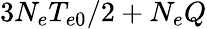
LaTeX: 3N_{e}T_{e0}/2+N_{e}Q